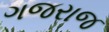
ગજરાજ